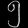
Digit: ၅